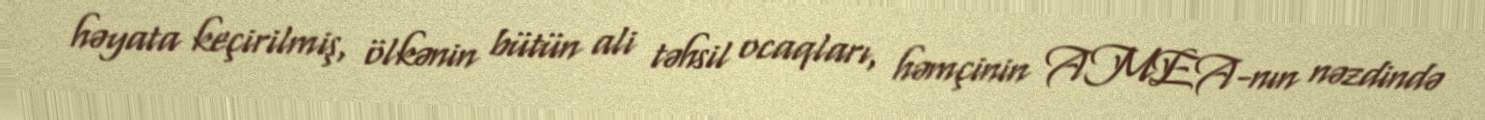
həyata keçirilmiş, ölkənin bütün ali təhsil ocaqları, həmçinin AMEA-nın nəzdində